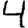
Digit: 4